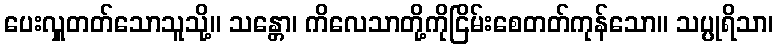
ပေးလှူတတ်သောသူသို့။ သန္တော၊ ကိလေသာတို့ကိုငြိမ်းစေတတ်ကုန်သော။ သပ္ပုရိသာ၊